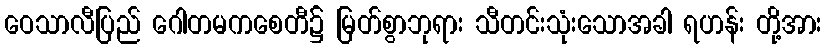
ဝေသာလီပြည် ဂေါတမကစေတီ၌ မြတ်စွာဘုရား သီတင်းသုံးသောအခါ ရဟန်း တို့အား